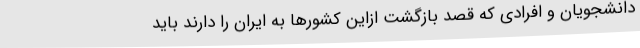
دانشجویان و افرادی که قصد بازگشت ازاین کشورها به ایران را دارند باید